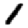
Digit: 1